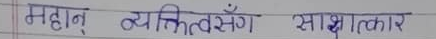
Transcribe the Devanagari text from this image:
महान् व्यक्तित्वसगँ साक्षात्कार